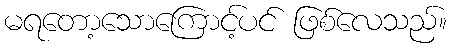
မရတော့သောကြောင့်ပင် ဖြစ်လေသည်။